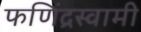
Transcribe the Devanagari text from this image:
फणिंद्रस्वामी